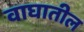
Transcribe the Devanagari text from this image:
वाघातील